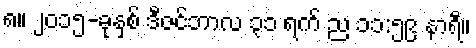
၈။ ၂၀၁၅-ခုနှစ် ဒီဇင်ဘာလ ၃၁ ရက် ည ၁၁:၅၉ နာရီ။